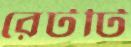
রেটটি